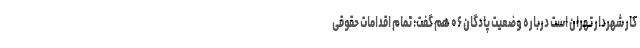
کار شهردار تهران است درباره وضعیت پادگان ۰۶ هم گفت: تمام اقدامات حقوقی